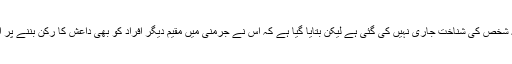
اس مشتبہ شخص کی شناخت جاری نہیں کی گئی ہے لیکن بتایا گیا ہے کہ اس نے جرمنی میں مقیم دیگر افراد کو بھی داعش کا رکن بننے پر اکسایا تھا۔